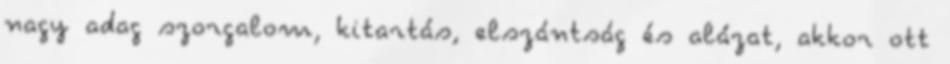
nagy adag szorgalom, kitartás, elszántság és alázat, akkor ott